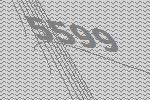
5599